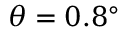
\theta = 0 . 8 ^ { \circ }